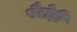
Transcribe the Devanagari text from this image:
पैरोड़ी